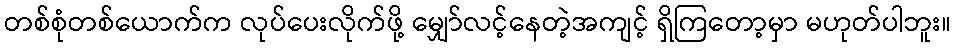
တစ်စုံတစ်ယောက်က လုပ်ပေးလိုက်ဖို့ မျှော်လင့်နေတဲ့အကျင့် ရှိကြတော့မှာ မဟုတ်ပါဘူး။